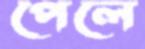
পেলে